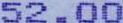
52.00